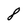
Character: 8